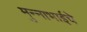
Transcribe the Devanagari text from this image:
मुन्नाभाईचे